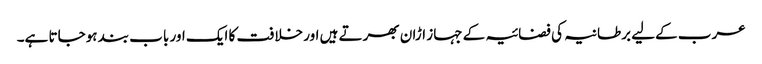
عرب کےلیے برطانیہ کی فضائیہ کے جہاز اڑان بھرتے ہیں اور خلافت کا ایک اور باب بند ہوجاتا ہے۔